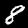
Label: 8